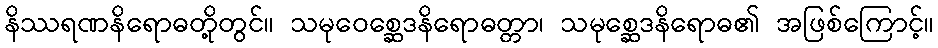
နိဿရဏနိရောဓတို့တွင်။ သမုဝေစ္ဆေဒနိရောဓတ္တာ၊ သမုစ္ဆေဒနိရောဓ၏ အဖြစ်ကြောင့်။